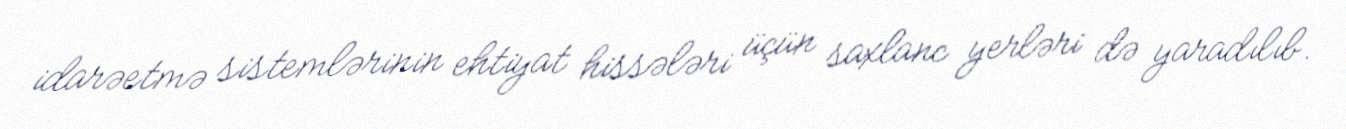
idarəetmə sistemlərinin ehtiyat hissələri üçün saxlanc yerləri də yaradılıb.